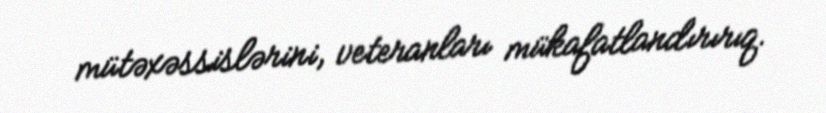
mütəxəssislərini, veteranları mükafatlandırırıq.